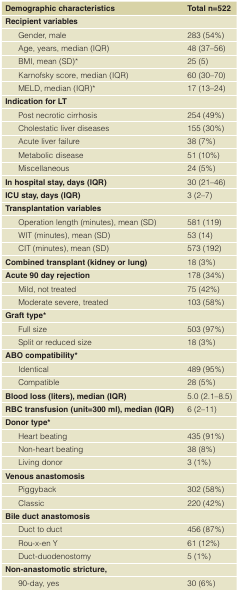
| Demographic characteristics | Total n=522 |
 | --- | --- |
 | <COLSPAN=2> Recipient variables |
 | Gender, male | 283 (54%) |
 | Age, years, median (IQR) | 48 (37–56) |
 | BMI, mean (SD)* | 25 (5) |
 | Karnofsky score, median (IQR) | 60 (30–70) |
 | MELD, median (IQR)* | 17 (13–24) |
 | <COLSPAN=2> Indication for LT |
 | Post necrotic cirrhosis | 254 (49%) |
 | Cholestatic liver diseases | 155 (30%) |
 | Acute liver failure | 38 (7%) |
 | Metabolic disease | 51 (10%) |
 | Miscellaneous | 24 (5%) |
 | In hospital stay, days (IQR) | 30 (21–46) |
 | ICU stay, days (IQR) | 3 (2–7) |
 | <COLSPAN=2> Transplantation variables |
 | Operation length (minutes), mean (SD) | 581 (119) |
 | WIT (minutes), mean (SD) | 53 (14) |
 | CIT (minutes), mean (SD) | 573 (192) |
 | Combined transplant (kidney or lung) | 18 (3%) |
 | Acute 90 day rejection | 178 (34%) |
 | Mild, not treated | 75 (42%) |
 | Moderate severe, treated | 103 (58%) |
 | <COLSPAN=2> Graft type* |
 | Full size | 503 (97%) |
 | Split or reduced size | 18 (3%) |
 | <COLSPAN=2> ABO compatibility* |
 | Identical | 489 (95%) |
 | Compatible | 28 (5%) |
 | Blood loss (liters), median (IQR) | 5.0 (2.1–8.5) |
 | RBC transfusion (unit=300 ml), median (IQR) | 6 (2–11) |
 | <COLSPAN=2> Donor type* |
 | Heart beating | 435 (91%) |
 | Non-heart beating | 38 (8%) |
 | Living donor | 3 (1%) |
 | <COLSPAN=2> Venous anastomosis |
 | Piggyback | 302 (58%) |
 | Classic | 220 (42%) |
 | <COLSPAN=2> Bile duct anastomosis |
 | Duct to duct | 456 (87%) |
 | Rou-x-en Y | 61 (12%) |
 | Duct-duodenostomy | 5 (1%) |
 | <COLSPAN=2> Non-anastomotic stricture, |
 | 90-day, yes | 30 (6%) |